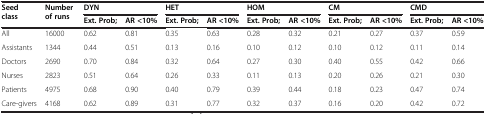
<table><thead><tr><td><b>Seed class</b></td><td><b>Number of runs</b></td><td colspan="2"><b>DYN</b></td><td colspan="2"><b>HET</b></td><td colspan="2"><b>HOM</b></td><td colspan="2"><b>CM</b></td><td colspan="2"><b>CMD</b></td></tr><tr><td><b> </b></td><td><b> </b></td><td><b>Ext. Prob;</b></td><td><b>AR &lt;10%</b></td><td><b>Ext. Prob;</b></td><td><b>AR &lt;10%</b></td><td><b>Ext. Prob;</b></td><td><b>AR &lt;10%</b></td><td><b>Ext. Prob;</b></td><td><b>AR &lt;10%</b></td><td><b>Ext. Prob;</b></td><td><b>AR &lt;10%</b></td></tr></thead><tbody><tr><td>All</td><td>16000</td><td>0.62</td><td>0.81</td><td>0.35</td><td>0.63</td><td>0.28</td><td>0.32</td><td>0.21</td><td>0.27</td><td>0.37</td><td>0.59</td></tr><tr><td>Assistants</td><td>1344</td><td>0.44</td><td>0.51</td><td>0.13</td><td>0.16</td><td>0.10</td><td>0.12</td><td>0.10</td><td>0.12</td><td>0.11</td><td>0.14</td></tr><tr><td>Doctors</td><td>2690</td><td>0.70</td><td>0.84</td><td>0.32</td><td>0.64</td><td>0.27</td><td>0.30</td><td>0.40</td><td>0.55</td><td>0.42</td><td>0.66</td></tr><tr><td>Nurses</td><td>2823</td><td>0.51</td><td>0.64</td><td>0.26</td><td>0.33</td><td>0.11</td><td>0.13</td><td>0.20</td><td>0.26</td><td>0.21</td><td>0.30</td></tr><tr><td>Patients</td><td>4975</td><td>0.68</td><td>0.90</td><td>0.40</td><td>0.79</td><td>0.39</td><td>0.44</td><td>0.18</td><td>0.23</td><td>0.47</td><td>0.74</td></tr><tr><td>Care-givers</td><td>4168</td><td>0.62</td><td>0.89</td><td>0.31</td><td>0.77</td><td>0.32</td><td>0.37</td><td>0.16</td><td>0.20</td><td>0.42</td><td>0.72</td></tr></tbody></table>